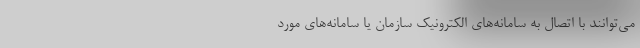
می‌توانند با اتصال به سامانه‌های الکترونیک سازمان یا سامانه‌های مورد